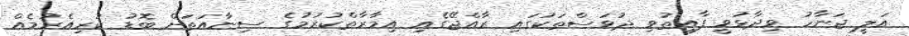
އަލީ ޖަނާހު ވިދާޅުވީ ފާއިތުވި ދުވަސްތަކުގައި ރާއްޖޭގެއި އިމާރާތްކުރުމުގެ ސިނާއަތަށް ބޮޑު ކުރިއެރުމެއް